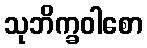
သုဘိက္ခဝါစော